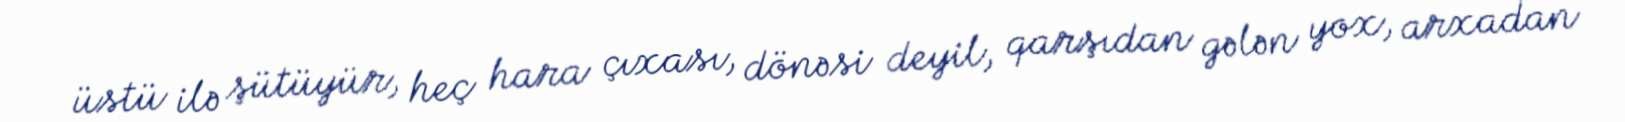
üstü ilə şütüyür, heç hara çıxası, dönəsi deyil, qarşıdan gələn yox, arxadan